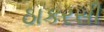
ઠાકરસી